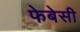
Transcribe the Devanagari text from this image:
फेबेसी